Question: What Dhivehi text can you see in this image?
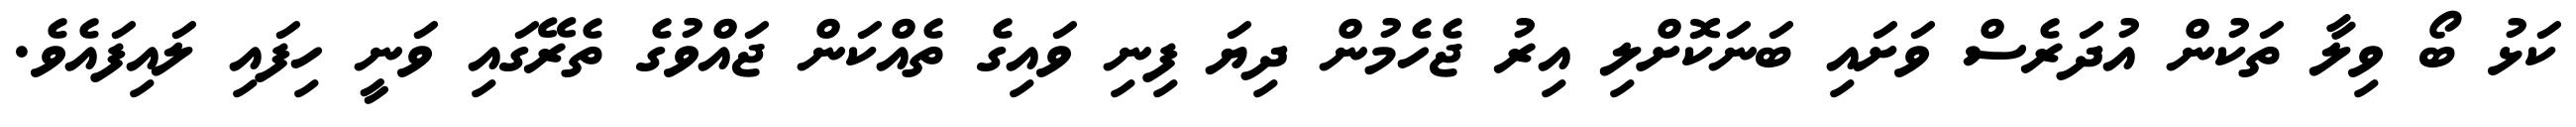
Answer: ކަޅު ބޯ ވިލާ ތަކުން އުދަރެސް ވަށައި ބަނަކޮށްލި އިރު ޖެހެމުން ދިޔަ ފިނި ވައިގެ ތެއްކަން ޖައްވުގެ ތެރޭގައި ވަނީ ހިފައި ލައިފައެވެ.